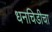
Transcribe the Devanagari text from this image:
धनचिडीचा